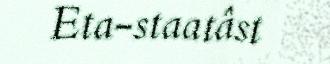
Eta-staatâst